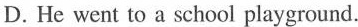
D. He went to a school playground.